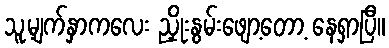
သူ့မျက်နှာကလေး ညှိုးနွမ်းဖျော့တော့ နေရှာပြီ။